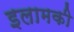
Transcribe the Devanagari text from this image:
इलामकी